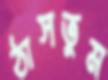
ঠাসতুম